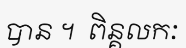
បាន ។  ពិន្គលកៈ